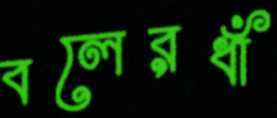
বলেরধাঁ